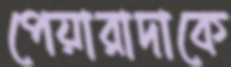
পেয়ারাদাকে